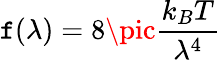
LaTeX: \mathtt{f}(\lambda)=8\pic{\frac{{k_{B}T}}{{\lambda^{4}}}}